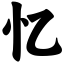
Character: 忆